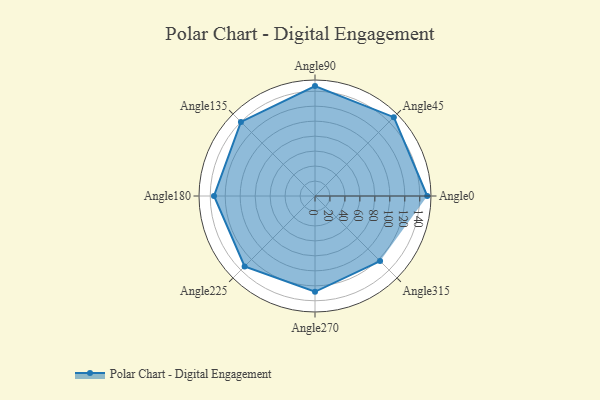
{"axis": {"x": "Angle", "y": "Radius"}, "legend": [""], "data": [{"x": "Angle0", "y": 150.0, "type": ""}, {"x": "Angle45", "y": 149.0, "type": ""}, {"x": "Angle90", "y": 147.0, "type": ""}, {"x": "Angle135", "y": 140.0, "type": ""}, {"x": "Angle180", "y": 135.0, "type": ""}, {"x": "Angle225", "y": 133.0, "type": ""}, {"x": "Angle270", "y": 128.0, "type": ""}, {"x": "Angle315", "y": 123.0, "type": ""}]}